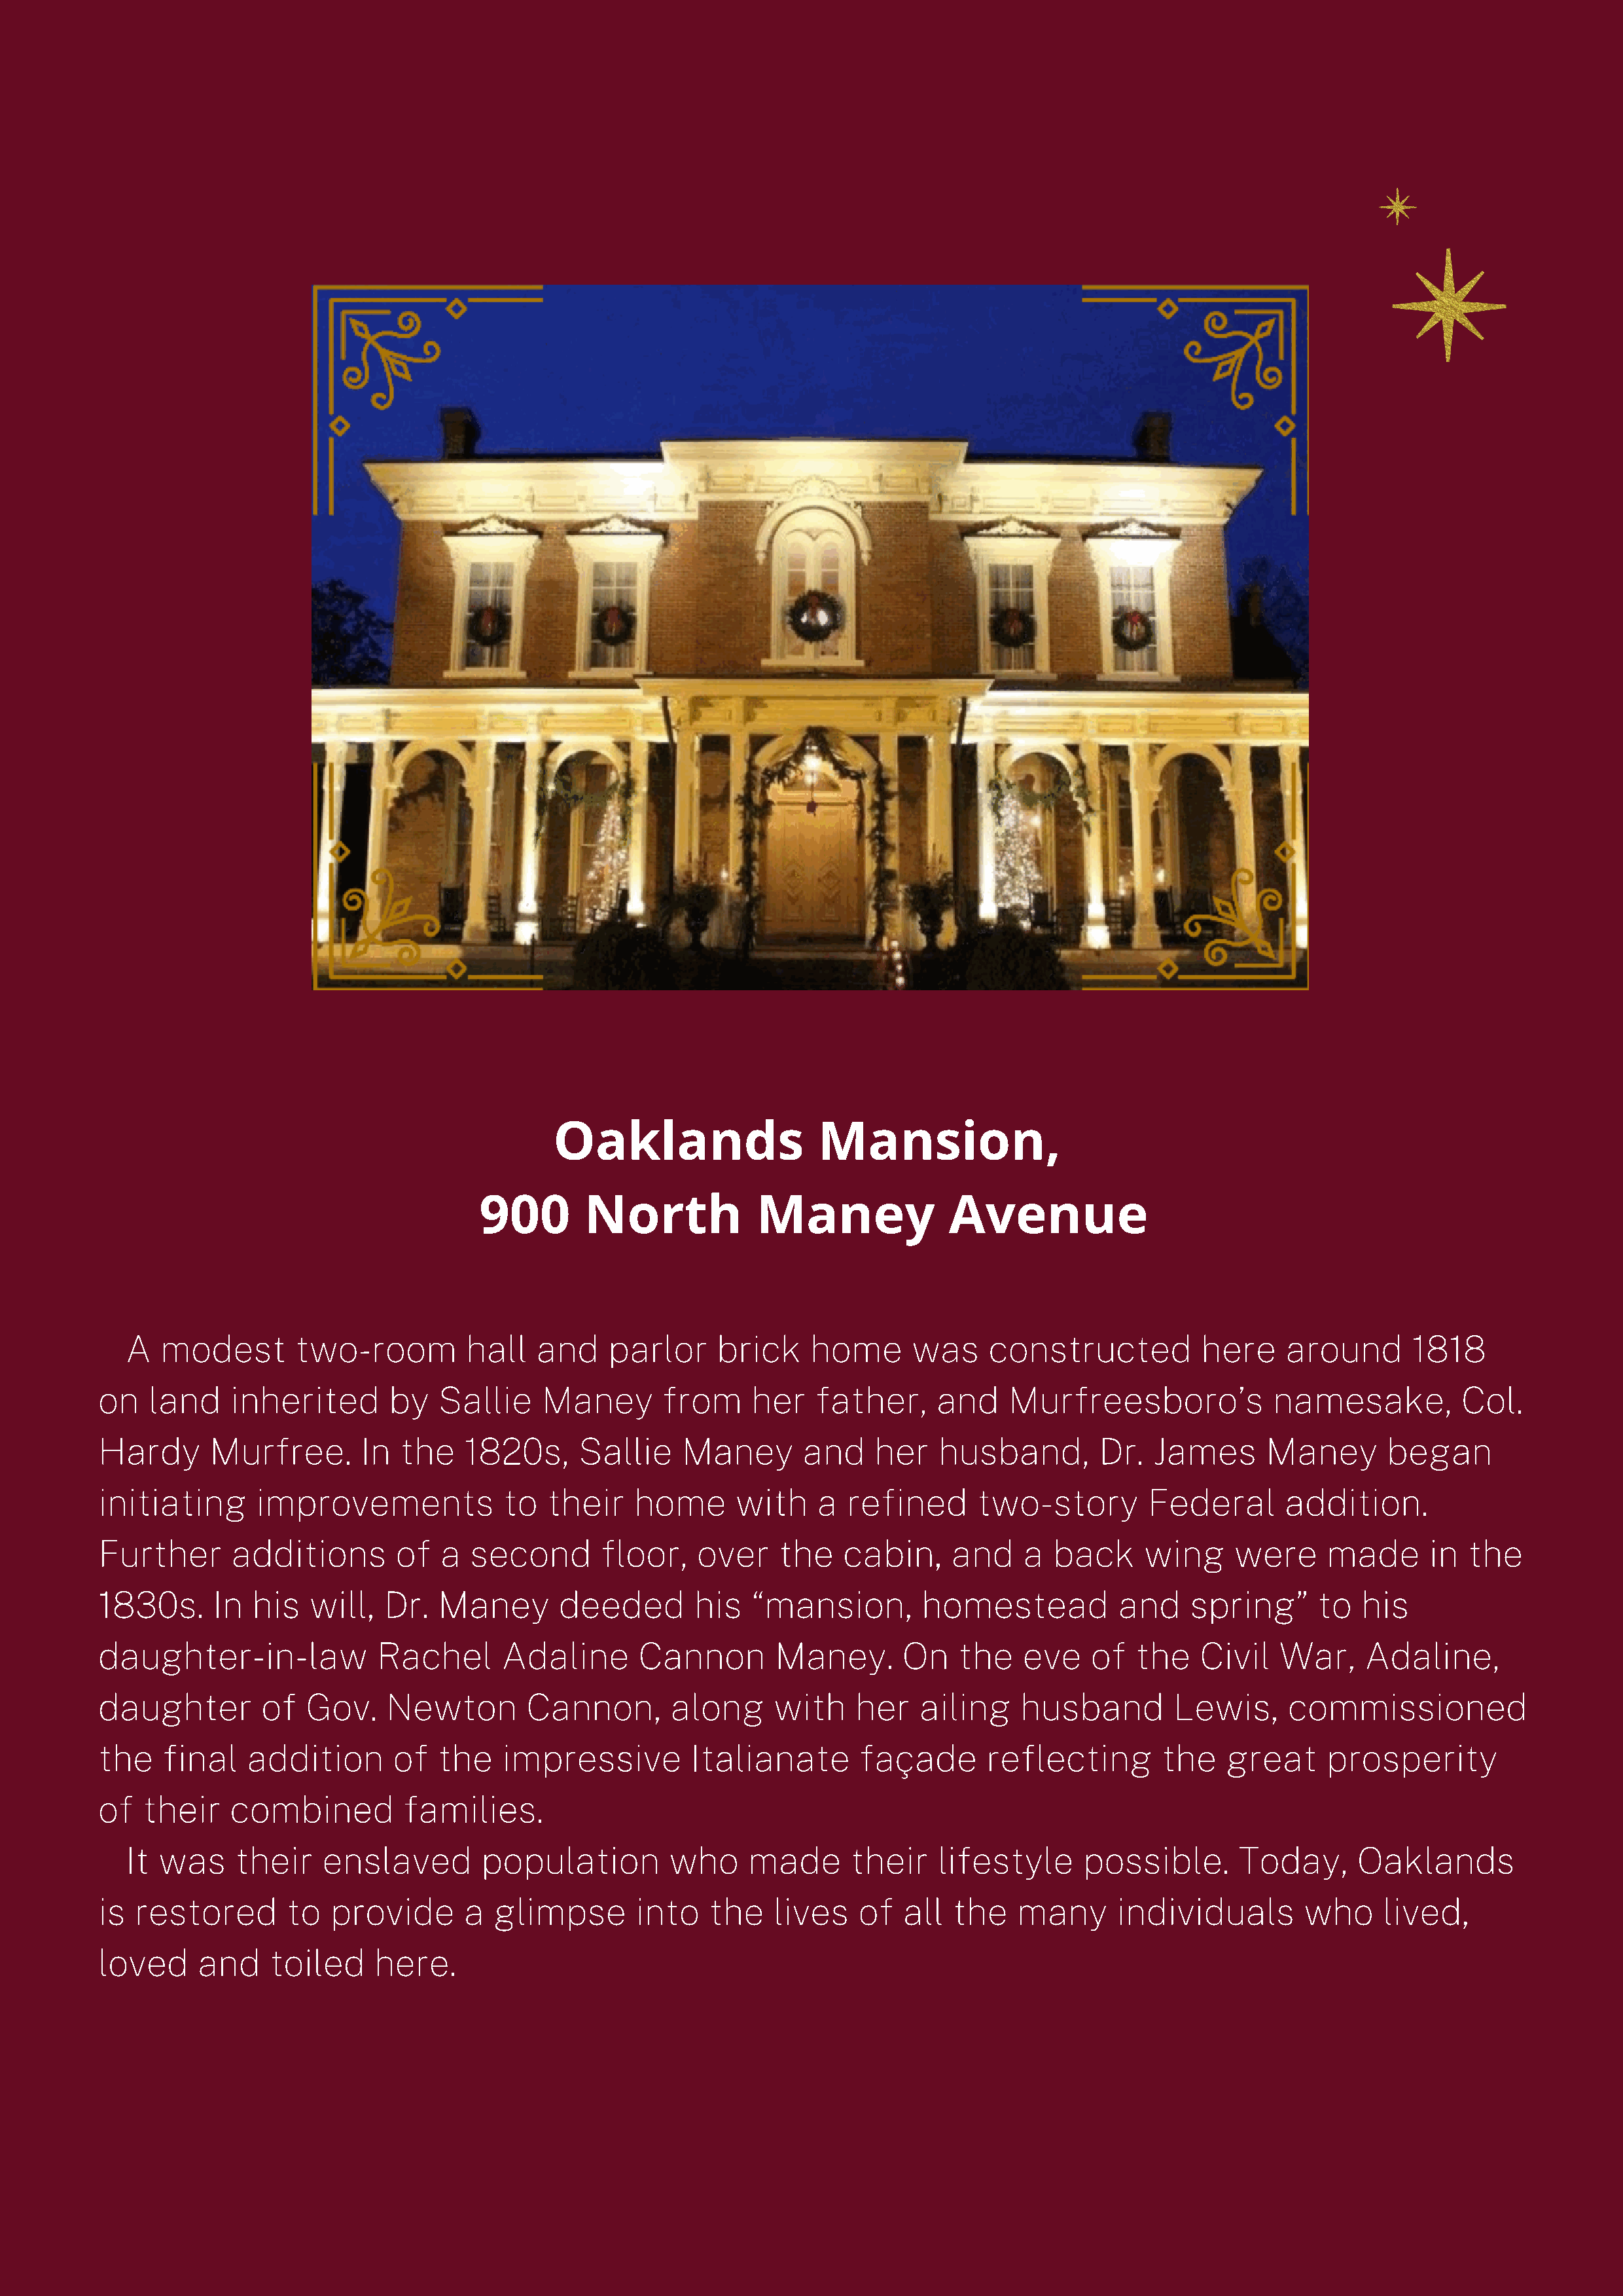
Oaklands                   Mansion,
 900        North             Maney              Avenue
 A  modest        two-room         hall   and     parlor     brick    home      was     constructed          here     around       1818
 on   land    inherited       by   Sallie     Maney       from     her   father,      and    Murfreesboro’s             namesake,          Col.
 Hardy      Murfree.       In  the    1820s,      Sallie    Maney       and    her    husband,        Dr.   James      Maney       began
 initiating      improvements             to  their    home      with     a  refined      two-story        Federal       addition.
 Further      additions        of   a  second       floor,   over     the   cabin,     and    a  back      wing     were     made       in the
 1830s.      In  his  will,   Dr.  Maney        deeded       his   “mansion,        homestead           and    spring”      to   his
 daughter-in-law             Rachel       Adaline       Cannon       Maney.       On    the   eve    of   the   Civil   War,     Adaline,
 daughter        of   Gov.    Newton        Cannon,        along     with     her   ailing    husband         Lewis,     commissioned
 the   final    addition       of  the    impressive         Italianate       façade       reflecting       the    great     prosperity
 of  their    combined          families.
 It was     their    enslaved        population         who     made      their    lifestyle      possible.      Today,      Oaklands
 is  restored       to  provide       a  glimpse       into    the   lives    of  all  the    many      individuals        who     lived,
 loved     and    toiled     here.